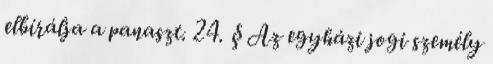
elbírálja a panaszt. 24. § Az egyházi jogi személy